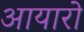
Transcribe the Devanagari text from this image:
आयारो